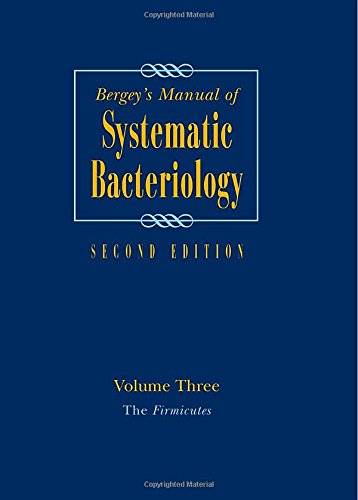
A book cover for Bergey's Manual of Systematic Bacteriology: Volume 3: The Firmicutes (Bergey's Manual of Systematic Bacteriology (Springer-Verlag)); Medical Books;